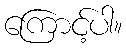
ကြောင့်ပါ။